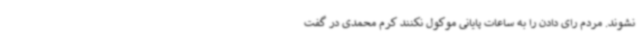
نشوند. مردم رای دادن را به ساعات پایانی موکول نکنند کرم محمدی در گفت